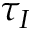
\tau _ { I }